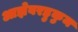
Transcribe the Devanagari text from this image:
आज्ञेबरहुकुम